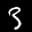
Label: 3